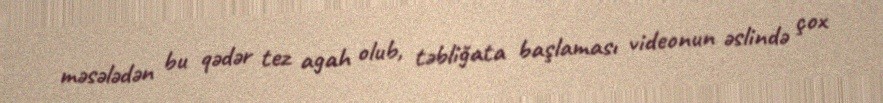
məsələdən bu qədər tez agah olub, təbliğata başlaması videonun əslində çox